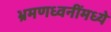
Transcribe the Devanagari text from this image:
भ्रमणध्वनींमध्ये